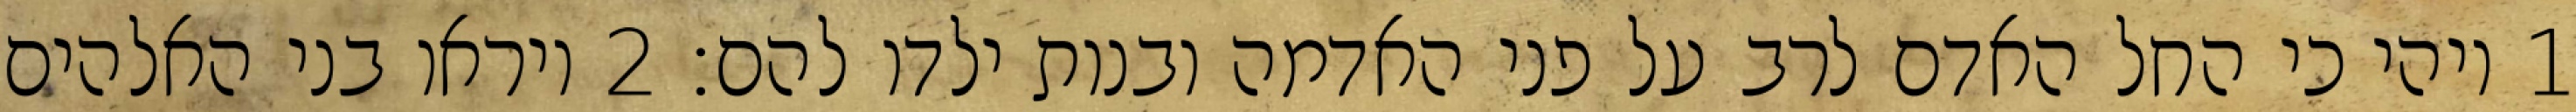
1 ויהי כי החל האדם לרב על פני האדמה ובנות ילדו להם׃ ‎2‏ ויראו בני האלהים